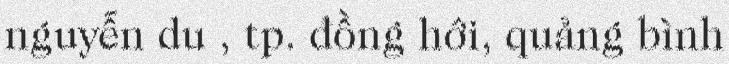
nguyễn du , tp. đồng hới, quảng bình